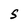
Character: S